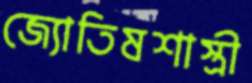
জ্যোতিষশাস্ত্রী